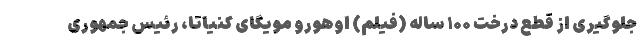
جلوگیری از قطع درخت ۱۰۰ ساله (فیلم) اوهورو مویگای کنیاتا، رئیس جمهوری